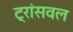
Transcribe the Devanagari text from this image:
ट्रांसवल